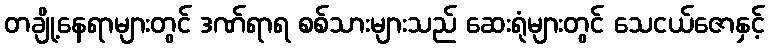
တချို့နေရာများတွင် ဒဏ်ရာရ စစ်သားများသည် ဆေးရုံများတွင် သေငယ်ဇောနှင့်